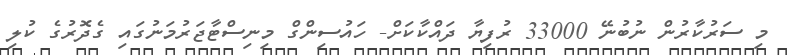
މި ސަރުކާރުން ނުބުނޭ 33000 ރުފިޔާ ދައްކާކަށް- ހައުސިންގް މިނިސްޓާޖަރުމަނުގައި ގެދޮރުގެ ކުލި